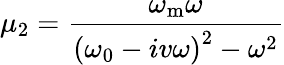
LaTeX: \mu_{2}=\frac{\omega_{\mathrm{m}}\omega}{\left(\omega_{\mathrm{0}}-iv\omega\right)^{2}-\omega^{2}}